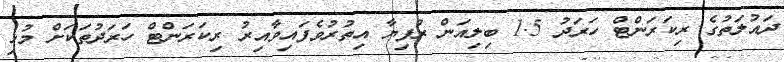
ދައުލަތުގެ ރިކަރަންޓް ހަރަދު 1.5 ބިލިއަން ރުފިޔާ އިތުރުވެފައިވާއިރު ރިކަރަންޓް ހަރަދުތަކަށް މުޅި